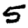
Digit: 5